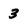
Character: 3